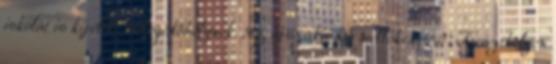
iskolát is kijelölt melegedőhelynek. Az éjszaka Sármelléken 150, Keszthelyen